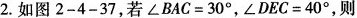
2.如图2-4-37，若$$\angle BAC=30^{\circ}$$，$$\angle DEC=40^{\circ}$$，则